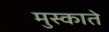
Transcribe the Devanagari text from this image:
मुस्काते